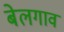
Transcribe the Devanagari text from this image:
बेलगाव